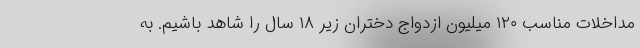
مداخلات مناسب ۱۲۰ میلیون ازدواج دختران زیر ۱۸ سال را شاهد باشیم. به